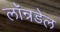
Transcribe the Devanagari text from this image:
लॉन्रडेल